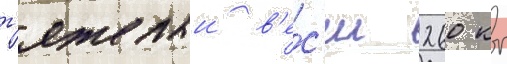
т'яжелыи в'е́с'ил 260 кг